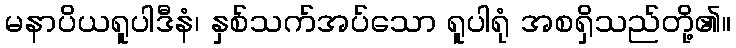
မနာပိယရူပါဒီနံ၊ နှစ်သက်အပ်သော ရူပါရုံ အစရှိသည်တို့၏။